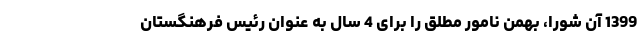
1399 آن شورا، بهمن نامور مطلق را برای 4 سال به عنوان رئیس فرهنگستان